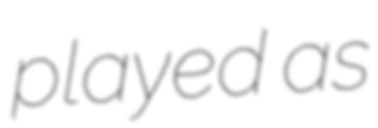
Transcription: played as